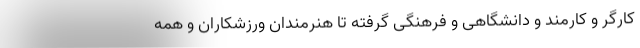
کارگر و کارمند و دانشگاهی و فرهنگی گرفته تا هنرمندان ورزشکاران و همه